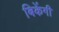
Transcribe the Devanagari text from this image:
बिकेंगी